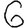
Digit: 6